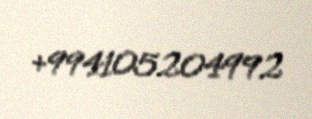
+994105204992